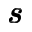
\pmb { s }